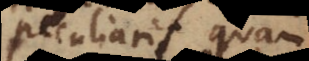
peculiaris quam